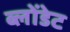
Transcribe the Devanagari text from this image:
ब्लोंडेट